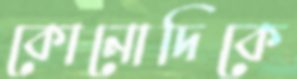
কোনোদিকে